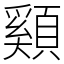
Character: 䫣